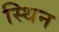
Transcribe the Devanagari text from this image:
स्थिन